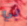
بي